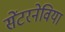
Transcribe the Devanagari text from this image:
सेंटरनेविया